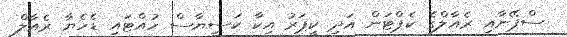
ސްޕޭނާއި ރެއާލްގެ ކެޕްޓަން އަދި ކީޕަރު އިކާ ކަސިޔާސް ހުއްޓައި ޑެހެޔާ ރެއާލް